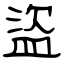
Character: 盜